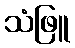
သံဖြူ